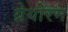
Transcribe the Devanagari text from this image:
ग्रेयोरम